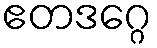
ဧတဒဂ္ဂေ